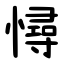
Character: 憳